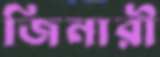
জিনারী